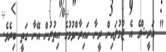
" އަރީޝްގެ އެ ޖުމުލައިން ރީނާ ހައިރާންވުމުގެ އިތުރުން އޭނާ ގަތީ ބިރެވެ.